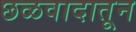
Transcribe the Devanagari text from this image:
छळवादातून